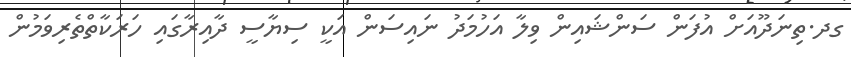
ގދ.ތިނަދޫއަށް އުފަން ސަންޝައިން ވިލާ އަހުމަދު ނައިސަން އަކީ ސިޔާސީ ދާއިރާގައި ހަރަކާތްތެރިވަމުން